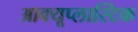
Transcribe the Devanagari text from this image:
आक्यूप्लास्टिक